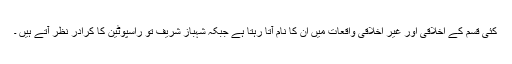
کئی قسم کے اخلاقی اور غیر اخلاقی واقعات میں ان کا نام آتا رہتا ہے جبکہ شہباز شریف تو راسپوٹین کا کرادر نظر آتے ہیں ۔